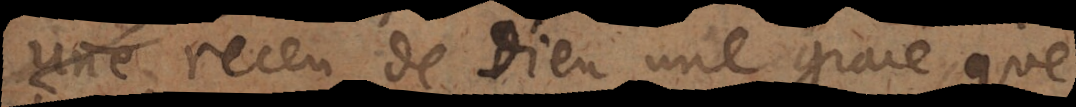
receu de Dieu une grace, que